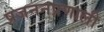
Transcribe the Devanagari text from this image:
प्रजननप्रणाली